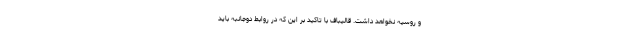
و روسیه نخواهد داشت. قالیباف با تاکید بر این که در روابط دوجانبه باید